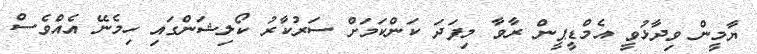
ޔާމީން ވިދާޅުވީ އެމްޑީޕީން ރާވާ މިފަދަ ކަންކަމަށް ސަރުކާރު ކޯލިޝަންގައި ހިމެނޭ އެއްވެސް